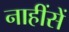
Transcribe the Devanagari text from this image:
नाहींसें